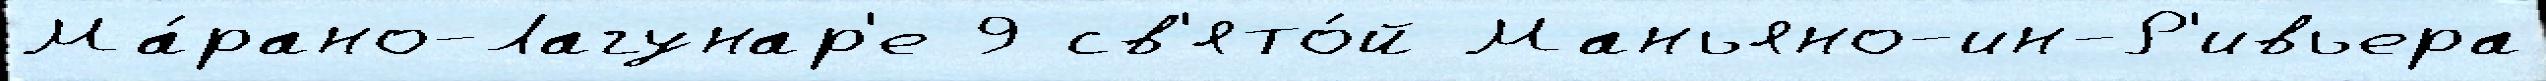
Ма́рано-Лагунар'е 9 св'ято́й Маньяно-ин-Р'ивьера